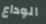
الوداع